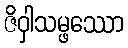
ဇိဝှါသမ္ဖဿော